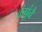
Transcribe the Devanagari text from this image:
कंपूंचे